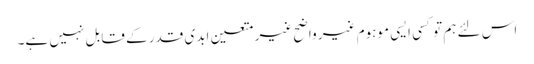
اس لئے ہم تو کسی ایسی موہوم غیر واضح غیر متعین ابدی قدر کے قابل نہیں ہے۔